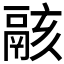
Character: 𩰶